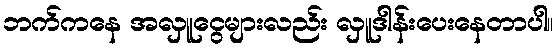
ဘက်ကနေ အလှူငွေများလည်း လှူဒါန်းပေးနေတာပါ။